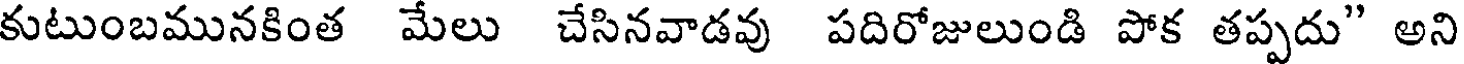
కుటుంబమునకింత మేలు చేసినవాడవు పదిరోజులుండి పోక తప్పదు" అని